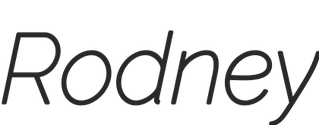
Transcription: Rodney